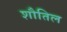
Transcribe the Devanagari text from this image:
शौतिल